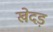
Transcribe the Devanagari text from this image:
खेदड़